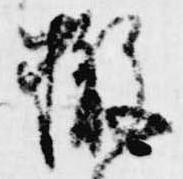
撤